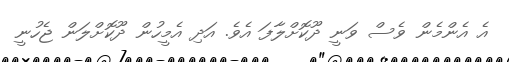
އެ އެންމެން ވެސް ވަނީ ދޫކޮށްލާފަ އެވެ. އަދި އެމީހުން ދޫކޮށްލަން ޖެހުނީ